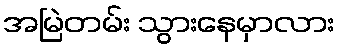
အမြဲတမ်း သွားနေမှာလား